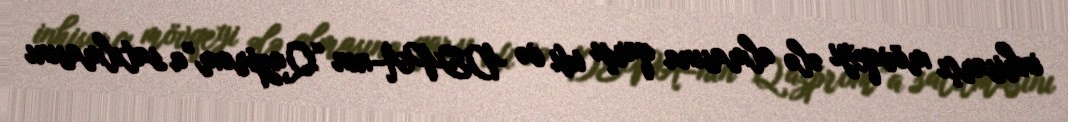
inhisarçı mövqeyi ələ almasına qarşı idi və DEPA-nın “Qazprom”a satılmasını